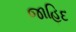
જાહિદ